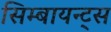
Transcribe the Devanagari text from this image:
सिम्बायन्ट्स